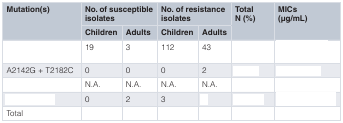
<table><thead><tr><td rowspan="2"><b>Mutation(s)</b></td><td colspan="2"><b>No. of susceptibleisolates</b></td><td colspan="2"><b>No. of resistanceisolates</b></td><td rowspan="2"><b>TotalN (%)</b></td><td rowspan="2"><b>MICs(μg/mL)</b></td></tr><tr><td><b>Children</b></td><td><b>Adults</b></td><td><b>Children</b></td><td><b>Adults</b></td></tr></thead><tbody><tr><td>[EMPTY_CELL]</td><td>19</td><td>3</td><td>112</td><td>43</td><td>[EMPTY_CELL]</td><td>[EMPTY_CELL]</td></tr><tr><td>A2142G + T2182C</td><td>0</td><td>0</td><td>0</td><td>2</td><td>[EMPTY_CELL]</td><td>[EMPTY_CELL]</td></tr><tr><td>[EMPTY_CELL]</td><td>N.A.</td><td>N.A.</td><td>N.A.</td><td>N.A.</td><td>[EMPTY_CELL]</td><td>[EMPTY_CELL]</td></tr><tr><td>[EMPTY_CELL]</td><td>0</td><td>2</td><td>3</td><td>[EMPTY_CELL]</td><td>[EMPTY_CELL]</td><td>[EMPTY_CELL]</td></tr><tr><td>Total</td><td>[EMPTY_CELL]</td><td>[EMPTY_CELL]</td><td>[EMPTY_CELL]</td><td>[EMPTY_CELL]</td><td>[EMPTY_CELL]</td></tr></tbody></table>